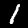
Label: 1